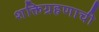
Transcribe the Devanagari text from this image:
शक्तिग्रहणाची